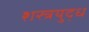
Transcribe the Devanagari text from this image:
शस्त्रयुद्ध